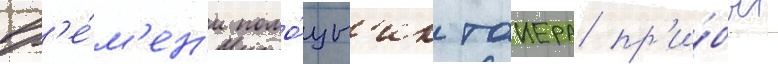
вр'е́м'ен'и помо́щн'ик таиера пр'и́был